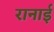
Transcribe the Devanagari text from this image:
रानाई